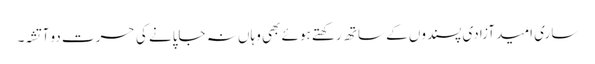
ساری امید آزادی پسندوں کے ساتھ رکھتے ہوئے بھی وہاں نہ جاپانے کی حسرت دو آتشہ۔